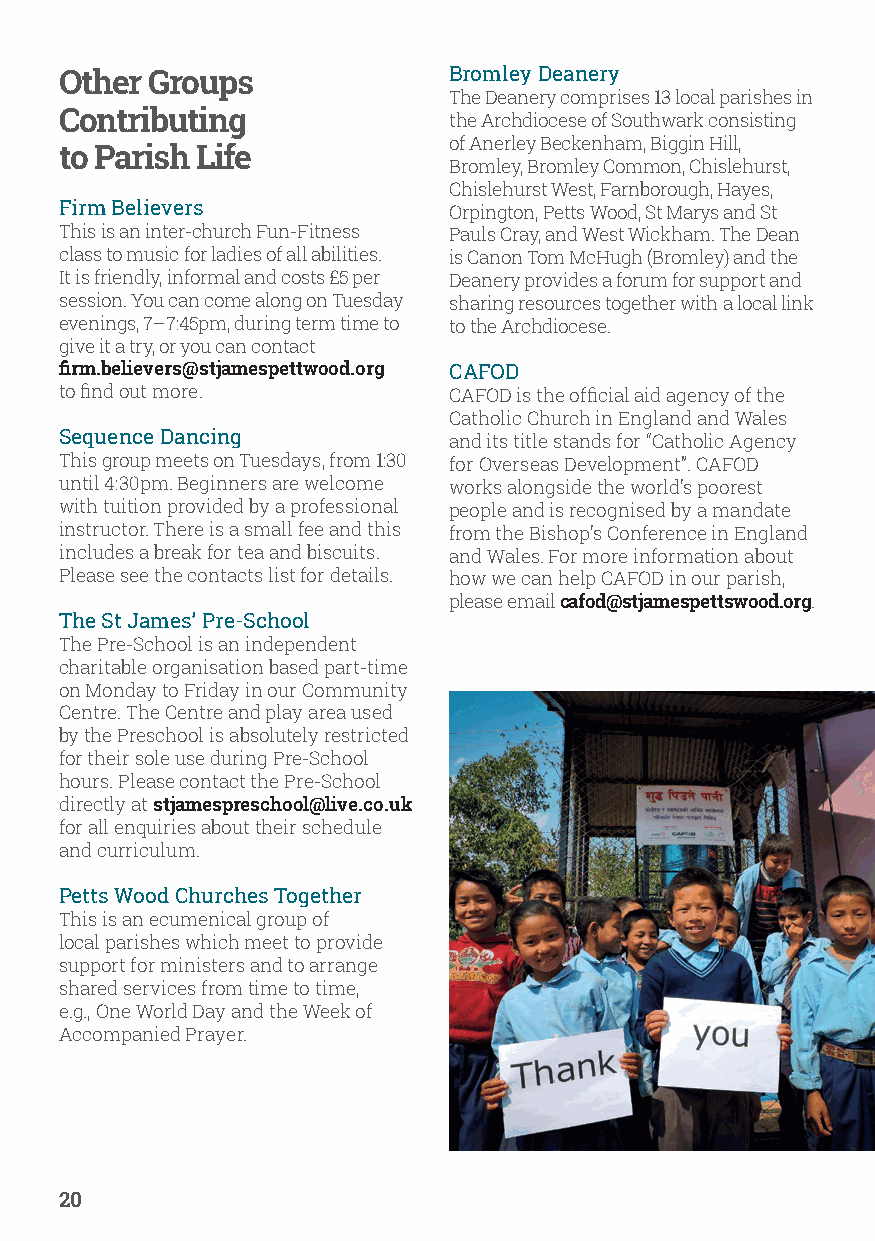
Other Groups              Bromley Deanery
 The Deanery comprises 13 local parishes in
 Contributing              the Archdiocese of Southwark consisting
 of Anerley Beckenham, Biggin Hill,
 to Parish Life
 Bromley, Bromley Common, Chislehurst,
 Chislehurst West, Farnborough, Hayes,
 Firm Believers            Orpington, Petts Wood, St Marys and St
 This is an inter-church Fun-Fitness Pauls Cray, and West Wickham. The Dean
 class to music for ladies of all abilities. is Canon Tom McHugh (Bromley) and the
 It is friendly, informal and costs £5 per Deanery provides a forum for support and
 session. You can come along on Tuesday sharing resources together with a local link
 evenings, 7–7:45pm, during term time to to the Archdiocese.
 give it a try, or you can contact
 firm.believers@stjamespettwood.org CAFOD
 to find out more.         CAFOD is the official aid agency of the
 Catholic Church in England and Wales
 Sequence Dancing          and its title stands for “Catholic Agency
 This group meets on Tuesdays, from 1:30 for Overseas Development”. CAFOD
 until 4:30pm. Beginners are welcome works alongside the world’s poorest
 with tuition provided by a professional people and is recognised by a mandate
 instructor. There is a small fee and this from the Bishop’s Conference in England
 includes a break for tea and biscuits. and Wales. For more information about
 Please see the contacts list for details. how we can help CAFOD in our parish,
 please email cafod@stjamespettswood.org.
 The St James’ Pre-School
 The Pre-School is an independent
 charitable organisation based part-time
 on Monday to Friday in our Community
 Centre. The Centre and play area used
 by the Preschool is absolutely restricted
 for their sole use during Pre-School
 hours. Please contact the Pre-School
 directly at stjamespreschool@live.co.uk
 for all enquiries about their schedule
 and curriculum.
 Petts Wood Churches Together
 This is an ecumenical group of
 local parishes which meet to provide
 support for ministers and to arrange
 shared services from time to time,
 e.g., One World Day and the Week of
 Accompanied Prayer.
 20